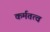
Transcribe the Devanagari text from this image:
कर्मतत्व